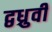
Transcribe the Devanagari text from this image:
द्वध्रुवी